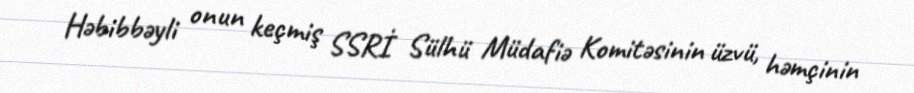
Həbibbəyli onun keçmiş SSRİ Sülhü Müdafiə Komitəsinin üzvü, həmçinin